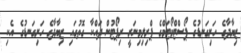
ޒިޔާދާގެ ހަށިގަނޑުގެ ޕޯސްޓްމޯޓަމްގެ ޕްރިލިމިނަރީ ރިޕޯޓުން ދައްކާ ގޮތުގައި ޒިޔާދާގެ ހަށިގަނޑުގެ އެކި